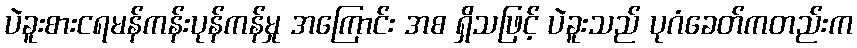
ပဲခူးစားငရမန်ကန်းပုန်ကန်မှု အကြောင်း အစ ရှိသဖြင့် ပဲခူးသည် ပုဂံခေတ်ကတည်းက